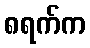
၈ရက်က